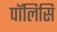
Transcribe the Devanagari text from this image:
पॉलिसि